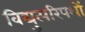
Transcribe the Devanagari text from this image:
विद्युत्परिपथों